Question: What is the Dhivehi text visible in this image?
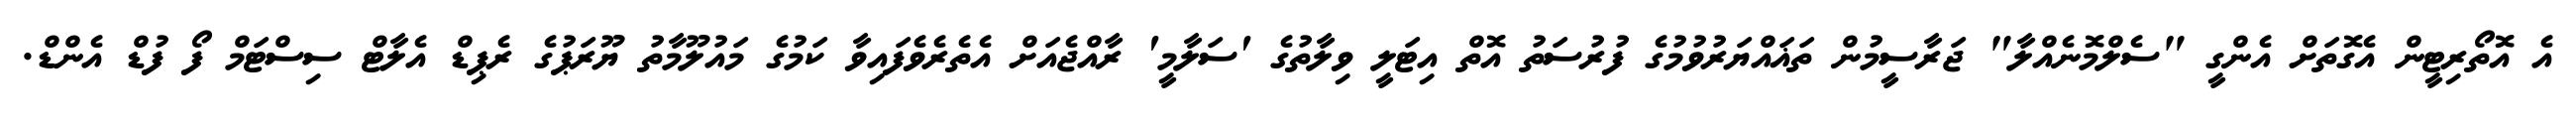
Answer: އެ އޮތޯރިޓީން އެގޮތަށް އެންގީ "ސެލްމޮނެއްލާ" ޖަރާސީމުން ތަޣައްޔަރުވުމުގެ ފުރުސަތު އޮތް އިޓަލީ ވިލާތުގެ 'ސަލާމީ' ރާއްޖެއަށް އެތެރެވެފައިވާ ކަމުގެ މައުލޫމާތު ޔޫރަޕުގެ ރެޕިޑް އެލާޓް ސިސްޓަމް ފޯ ފުޑް އެންޑް.